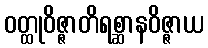
ဝတ္ထုဝိဇ္ဇာတိရစ္ဆာနဝိဇ္ဇာယ